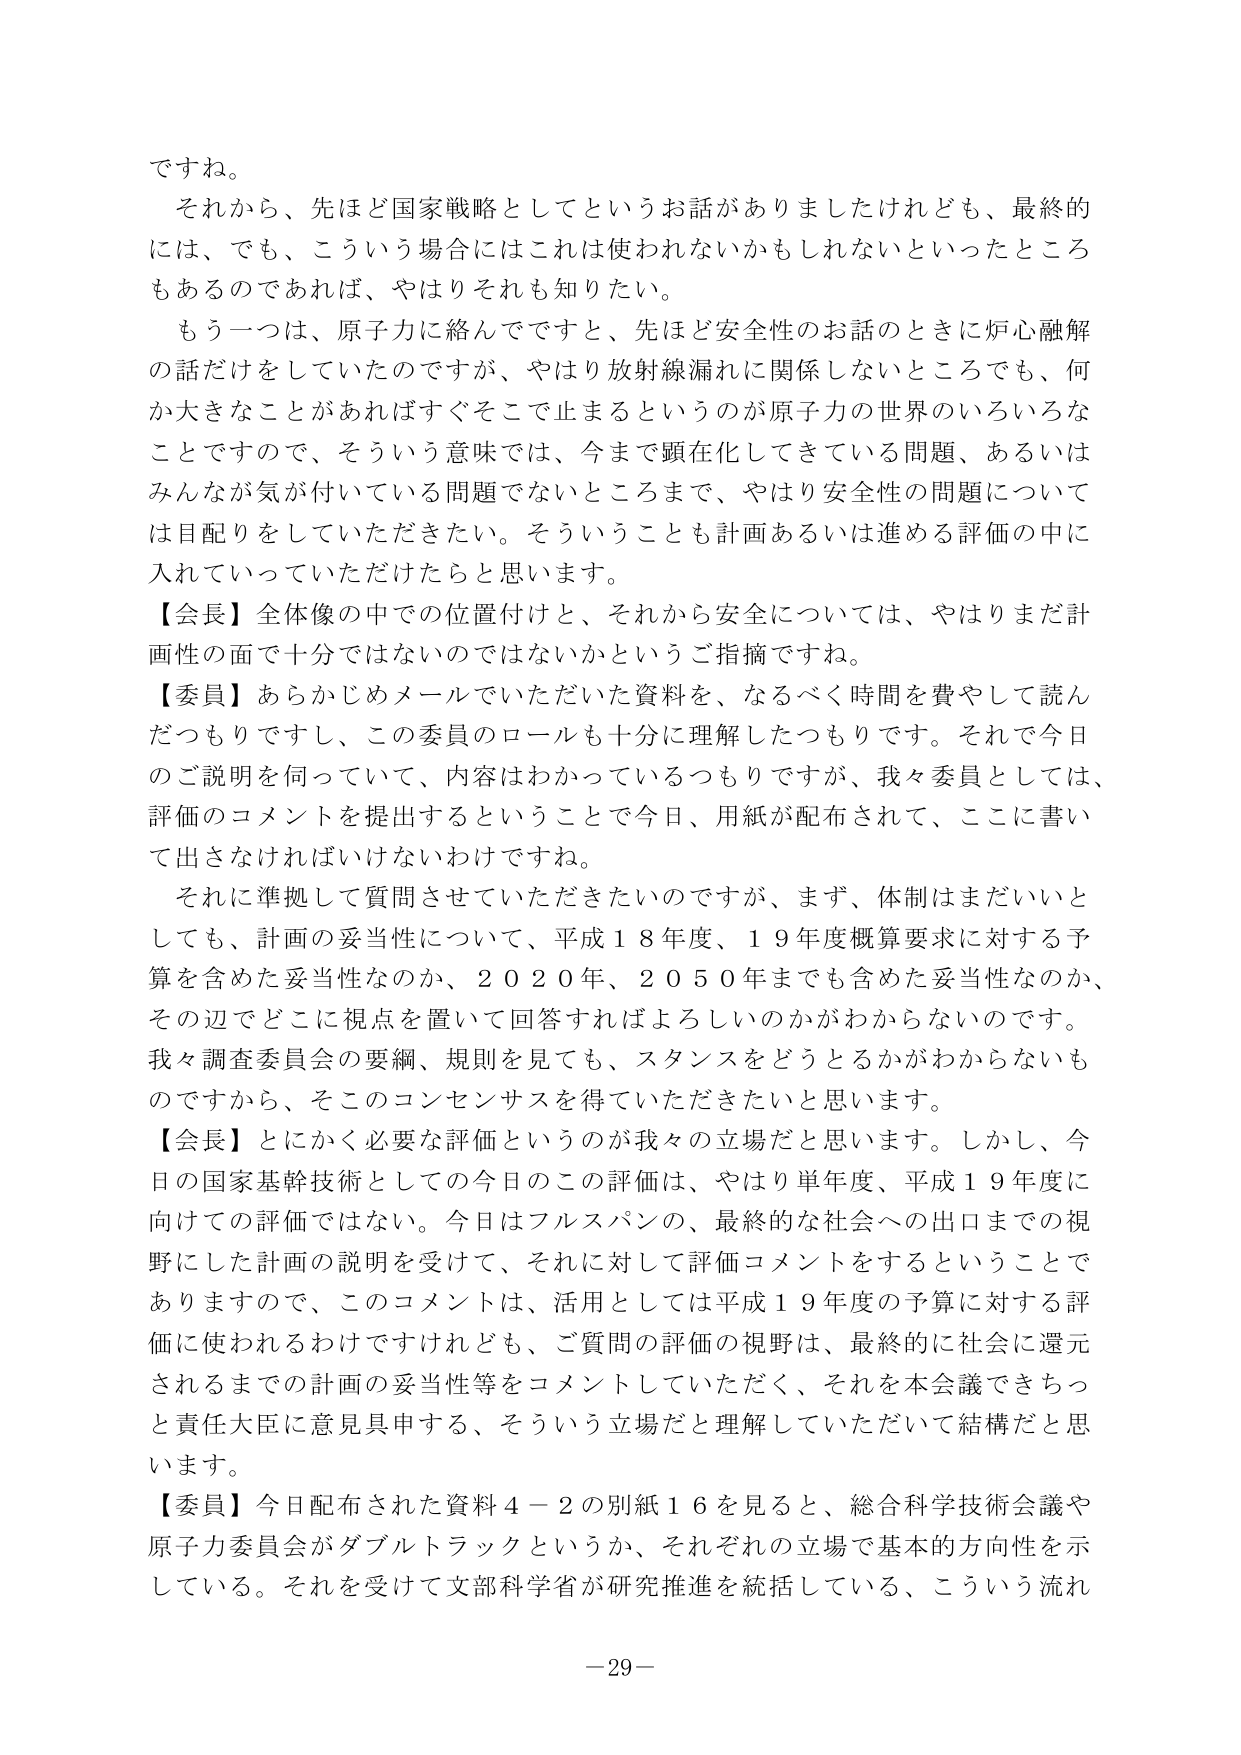
ですね。

それから、先ほど国家戦略としてというお話がありましたけれども、最終的には、でも、こういう場合にはこれは使われないかもしれないといったところもあるのであれば、やはりそれも知りたい。

もう一つは、原子力に絡んでですと、先ほど安全性のお話のときに炉心融解の話だけをしていたのですが、やはり放射線漏れに関係しないところでも、何か大きなことがあればすぐそこで止まるというのが原子力の世界のいろいろなことですので、そういう意味では、今まで顕在化してきている問題、あるいはみんなが気が付いている問題でないところまで、やはり安全性の問題については目配りをしていただきたい。そういうことも計画あるいは進める評価の中に入れていていただけたらと思います。

【会長】全体像の中での位置付けと、それから安全については、やはりまだ計画性の面で十分ではないのではないかというご指摘ですね。

【委員】あらかじめメールでいただいた資料を、なるべく時間を費やして読んだつもりですし、この委員のロールも十分に理解したつもりです。それで今日のご説明を伺っていて、内容はわかっているつもりですが、我々委員としては、評価のコメントを提出するということで今日、用紙が配布されて、ここに書いて出さなければいけないわけです。

それに準拠して質問させていただきたいのですが、まず、体制はまだいいとしても、計画の妥当性について、平成１８年度、１９年度概算要求に対する予算を含めた妥当性なのか、２０２０年、２０５０年までも含めた妥当性なのか、その辺でどこに視点を置いて回答すればよろしいのかがわからないのです。我々調査委員会の要綱、規則を見ても、スタンスをどうとるかがわからないものですから、そこのコンセンサスを得ていただきたいと思います。

【会長】とにかく必要な評価というのが我々の立場だと思います。しかし、今日の国家基幹技術としての今日のこの評価は、やはり単年度、平成１９年度に向けての評価ではない。今日はフルスパンの、最終的な社会への出口までの視野にした計画の説明を受けて、それに対して評価コメントをするということでありますので、このコメントは、活用としては平成１９年度の予算に対する評価に使われるわけですけれども、ご質問の評価の視野は、最終的に社会に還元されるまでの計画の妥当性等をコメントしていただく、それを本会議できちっと責任大臣に意見具申する、そういう立場だと理解していただいて結構だと思います。

【委員】今日配布された資料４－２の別紙１６を見ると、総合科学技術会議や原子力委員会がダブルトラックというか、それぞれの立場で基本的方向性を示している。それを受けて文部科学省が研究推進を統括している、こういう流れ

－29－